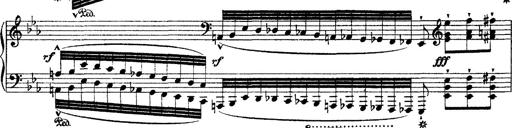
Title: Ã‰tudes d'exÃ©cution transcendante d'aprÃ¨s Paganini
Composer: Franz Liszt